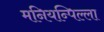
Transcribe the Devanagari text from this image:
मनियन्पिल्ला